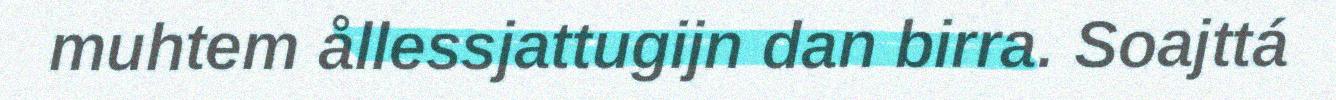
muhtem ållessjattugijn dan birra. Soajttá